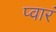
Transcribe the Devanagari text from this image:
प्वारं